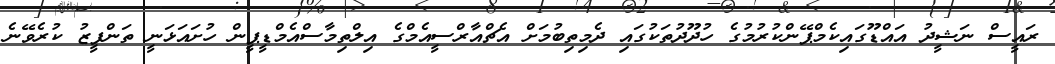
ރައީސް ނަޝީދު އައްޑޫގައިކެމްޕޭންކުރުމުގެ ހުދޫދުތަކުގައި ދެމިތިބުމަށް އެޗްއާރްސީއެމްގެ އިލްތިމާސްއެމްޑީޕީން ހުށައަޅަނީ ތަންފީޒު ކުރެވޭނެ